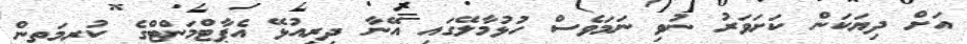
އަށް ދިޔަކަން ކަށަވަރު ނުވި ނަމަވެސް ހުޅުމާލޭގައި އޭނާ ދިރިއުޅޭ އެޕާޓްމަންޓްގެ ކުރިމަތިން